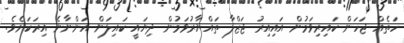
ހަތެއް ޖަހަން ކައިރިވަމުން އައިއިރު ޖަޒްލާ ތައްޔާރުވަމުން ދިޔައީ ކައިލަން އަންނާނެ އިރަކަށެވެ.